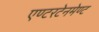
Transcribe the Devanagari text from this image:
एण्टरटेनमेण्ट